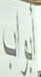
أبواب